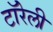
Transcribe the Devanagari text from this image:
टॉरेली